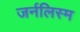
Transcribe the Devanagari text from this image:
जर्नलिस्म